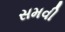
સમવી